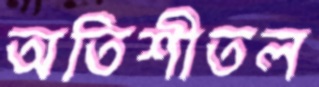
অতিশীতল